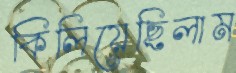
কিলিয়েছিলাম